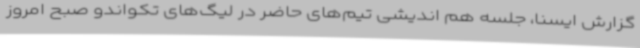
گزارش ایسنا، جلسه هم اندیشی تیم‌های حاضر در لیگ‌های تکواندو صبح امروز